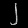
Digit: ၂